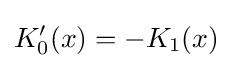
K_{0}'(x)=-K_{1}(x)